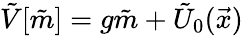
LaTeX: \tilde{V}[\tilde{m}]=g\tilde{m}+\tilde{U}_{0}(\vec{x})